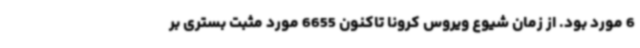
6 مورد بود. از زمان شیوع ویروس کرونا تاکنون 6655 مورد مثبت بستری بر